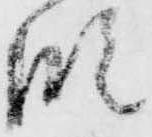
段